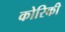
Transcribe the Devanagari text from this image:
कोरिकी